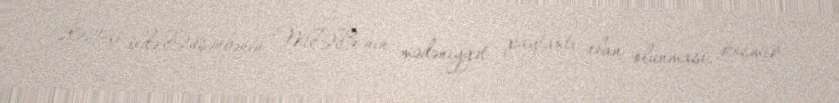
2021-ci ildə Düşənbənin MDB-nin mədəniyyət paytaxtı elan olunması, kosmik